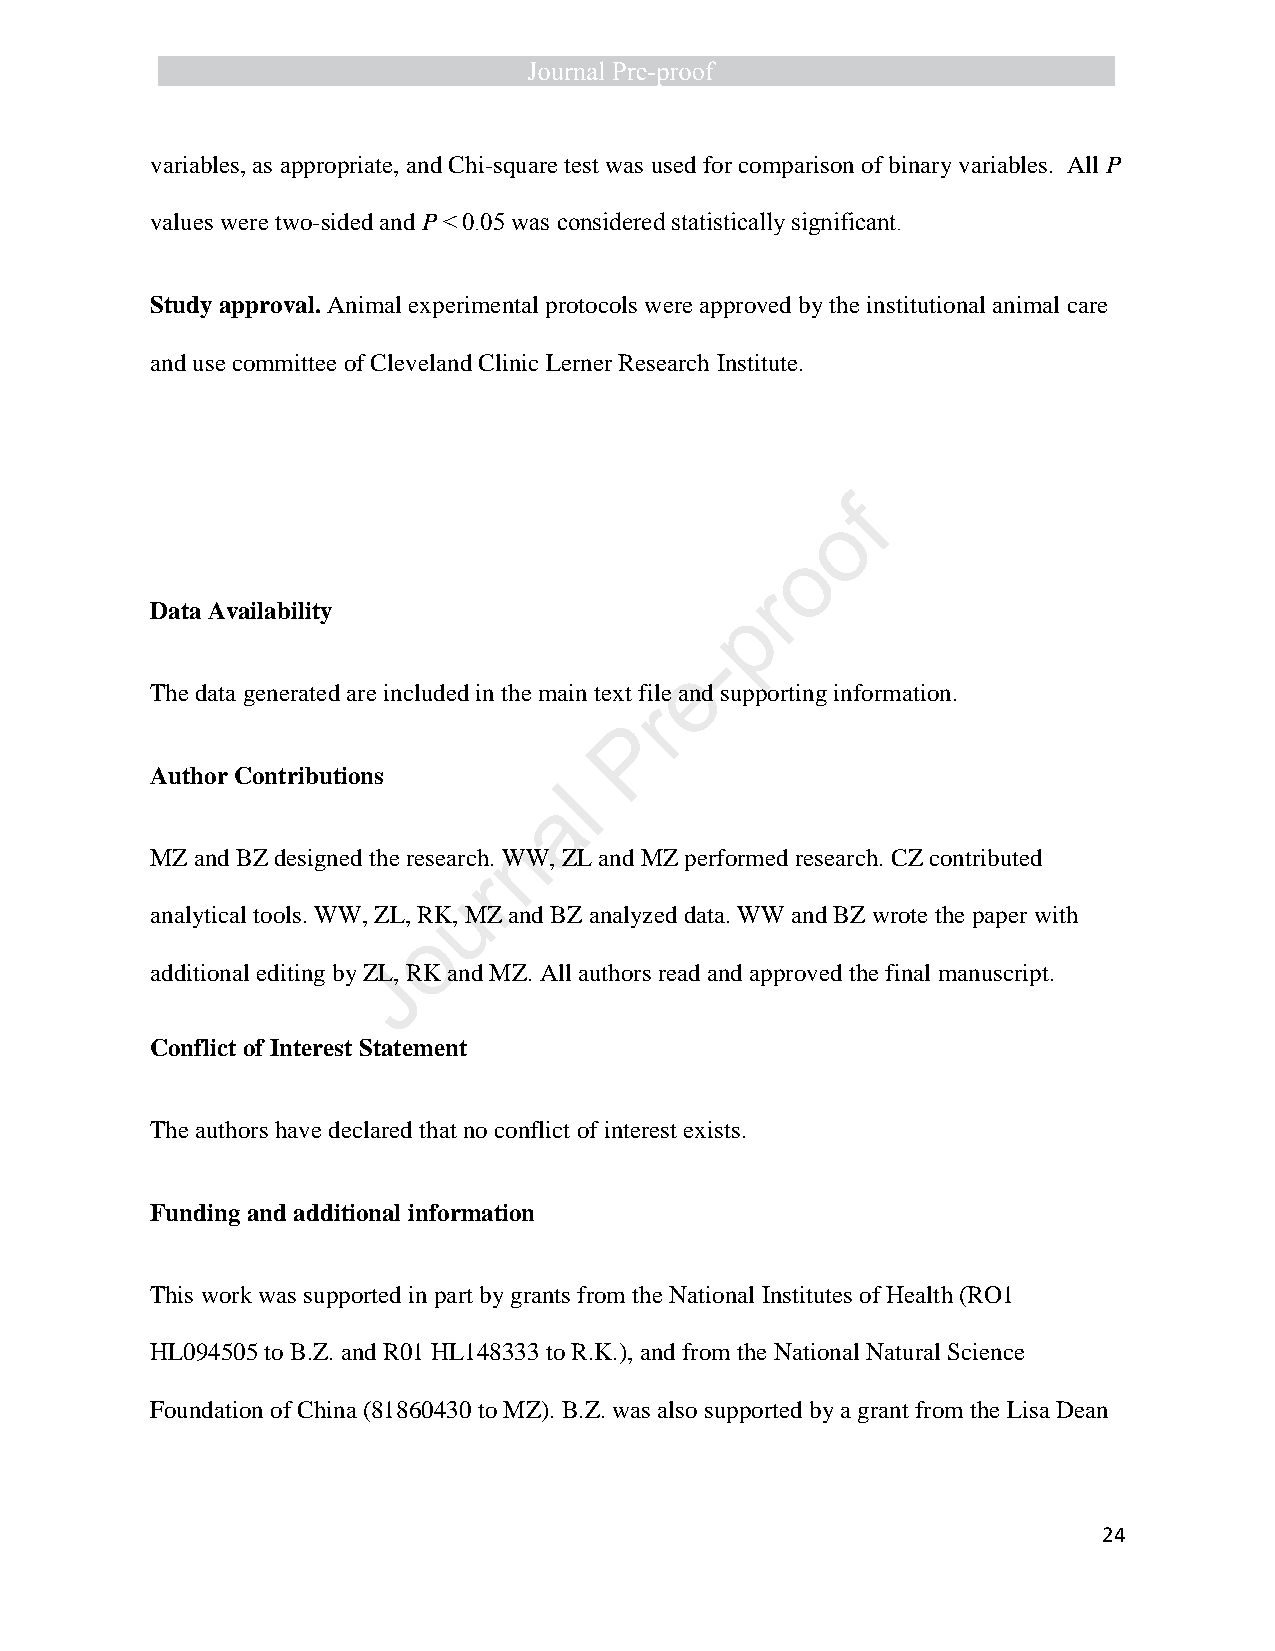
variables, as appropriate, and Chi-square test was used for comparison of binary variables. All P
 values were two-sided and P < 0.05 was considered statistically significant.
 Study approval. Animal experimental protocols were approved by the institutional animal care
 and use committee of Cleveland Clinic Lerner Research Institute.
 f
 o
 o
 r
 Data Availability                      p
 -
 e
 The data generated are included in the main text file and supporting information.
 r
 P
 Author Contributions
 l
 a
 n
 MZ and BZ designed the research. WW, ZL and MZ performed research. CZ contributed
 r
 u
 analytical tools. WW, ZL, RK, MZ and BZ analyzed data. WW and BZ wrote the paper with
 o
 additional editing by ZLJ, RK and MZ. All authors read and approved the final manuscript.
 Conflict of Interest Statement
 The authors have declared that no conflict of interest exists.
 Funding and additional information
 This work was supported in part by grants from the National Institutes of Health (RO1
 HL094505 to B.Z. and R01 HL148333 to R.K.), and from the National Natural Science
 Foundation of China (81860430 to MZ). B.Z. was also supported by a grant from the Lisa Dean
 24